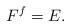
LaTeX: \begin{align*}F^f=E.\end{align*}